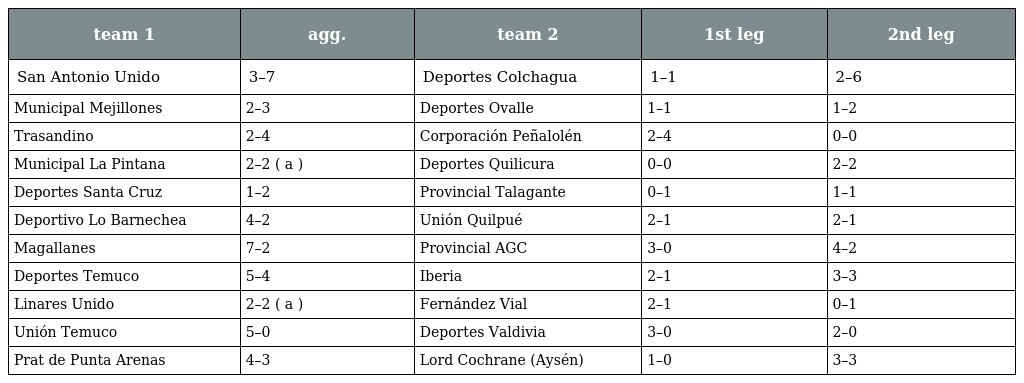
| team 1 | agg. | team 2 | 1st leg | 2nd leg |
 | --- | --- | --- | --- | --- |
 | San Antonio Unido | 3–7 | Deportes Colchagua | 1–1 | 2–6 |
 | Municipal Mejillones | 2–3 | Deportes Ovalle | 1–1 | 1–2 |
 | Trasandino | 2–4 | Corporación Peñalolén | 2–4 | 0–0 |
 | Municipal La Pintana | 2–2 ( a ) | Deportes Quilicura | 0–0 | 2–2 |
 | Deportes Santa Cruz | 1–2 | Provincial Talagante | 0–1 | 1–1 |
 | Deportivo Lo Barnechea | 4–2 | Unión Quilpué | 2–1 | 2–1 |
 | Magallanes | 7–2 | Provincial AGC | 3–0 | 4–2 |
 | Deportes Temuco | 5–4 | Iberia | 2–1 | 3–3 |
 | Linares Unido | 2–2 ( a ) | Fernández Vial | 2–1 | 0–1 |
 | Unión Temuco | 5–0 | Deportes Valdivia | 3–0 | 2–0 |
 | Prat de Punta Arenas | 4–3 | Lord Cochrane (Aysén) | 1–0 | 3–3 |